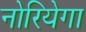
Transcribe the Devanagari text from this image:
नोरियेगा